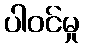
ပါဝင်မှု